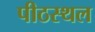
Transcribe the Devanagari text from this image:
पीठस्थल